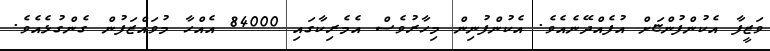
ވަޒީފާ އެކުންފުންޏަށް އުފެއްދޭނެއެވެ. އެކުންފުނިން މިހާރުވެސް އެމެރިކާގައި 84000 އެއްހާ މުވައްޒަފުން ގެންގުޅެއެވެ.